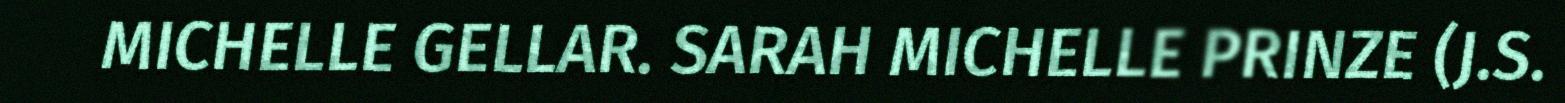
MICHELLE GELLAR. SARAH MICHELLE PRINZE (J.S.